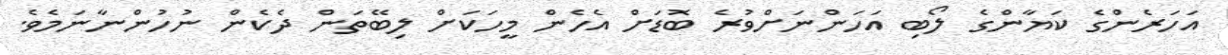
އަހަރެންގެ ކަޔާންގެ ލޯބި އަހަންނަށްވުރެ ބޮޑަށް އެހެން މީހަކަށް ލިބޭތަން ދެކެން ނުހުންނާނަމެވެ.